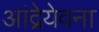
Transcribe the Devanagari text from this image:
आंद्रेयेवना